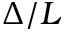
\Delta / L